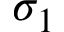
\sigma _ { 1 }